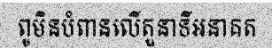
ពូមិនបំពានលើតួនាទីអនាគត